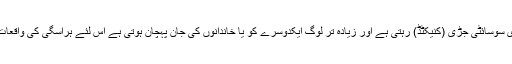
اس کی ایک وجہ ہماری سوسائٹی جڑی (کنیکٹڈ) رہتی ہے اور زیادہ تر لوگ ایکدوسرے کو یا خاندانوں کی جان پہچان ہوتی ہے اس لئے ہراسگی کی واقعات کی شرح بہت کم ہے۔